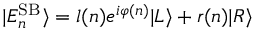
| E _ { n } ^ { \mathrm { S B } } \rangle = l ( n ) e ^ { i \varphi ( n ) } | L \rangle + r ( n ) | R \rangle